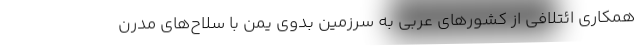
همکاری ائتلافی از کشورهای عربی به سرزمین بدوی یمن با سلاح‌های مدرن